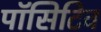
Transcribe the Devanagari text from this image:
पॉसिटिव